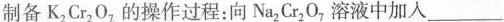
制备K_{2} Cr_{2} O_{7} 的操作过程：向Na_{2} Cr_{2} O_{7}，溶液中加入___